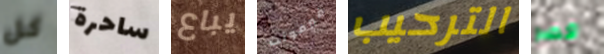
كل ساحرة يباع فيرمونت الترحيب قصر